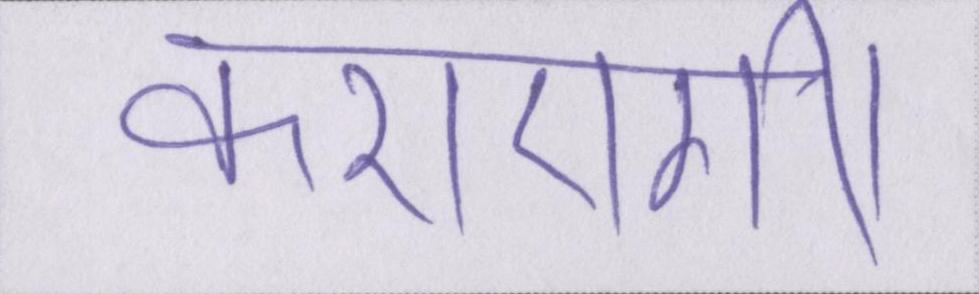
कराएगी।